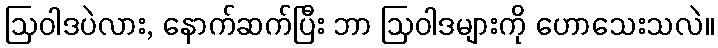
ဩဝါဒပဲလား, နောက်ဆက်ပြီး ဘာ ဩဝါဒများကို ဟောသေးသလဲ။